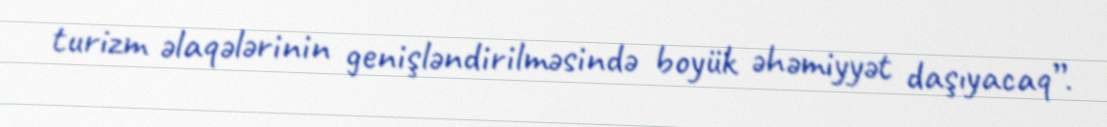
turizm əlaqələrinin genişləndirilməsində boyük əhəmiyyət daşıyacaq”.